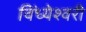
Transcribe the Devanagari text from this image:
विंध्येश्वरी